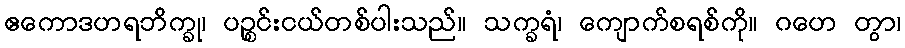
ဧကောဒဟရဘိက္ခု၊ ပဉ္စင်းငယ်တစ်ပါးသည်။ သက္ခရံ၊ ကျောက်စရစ်ကို။ ဂဟေ တွာ၊